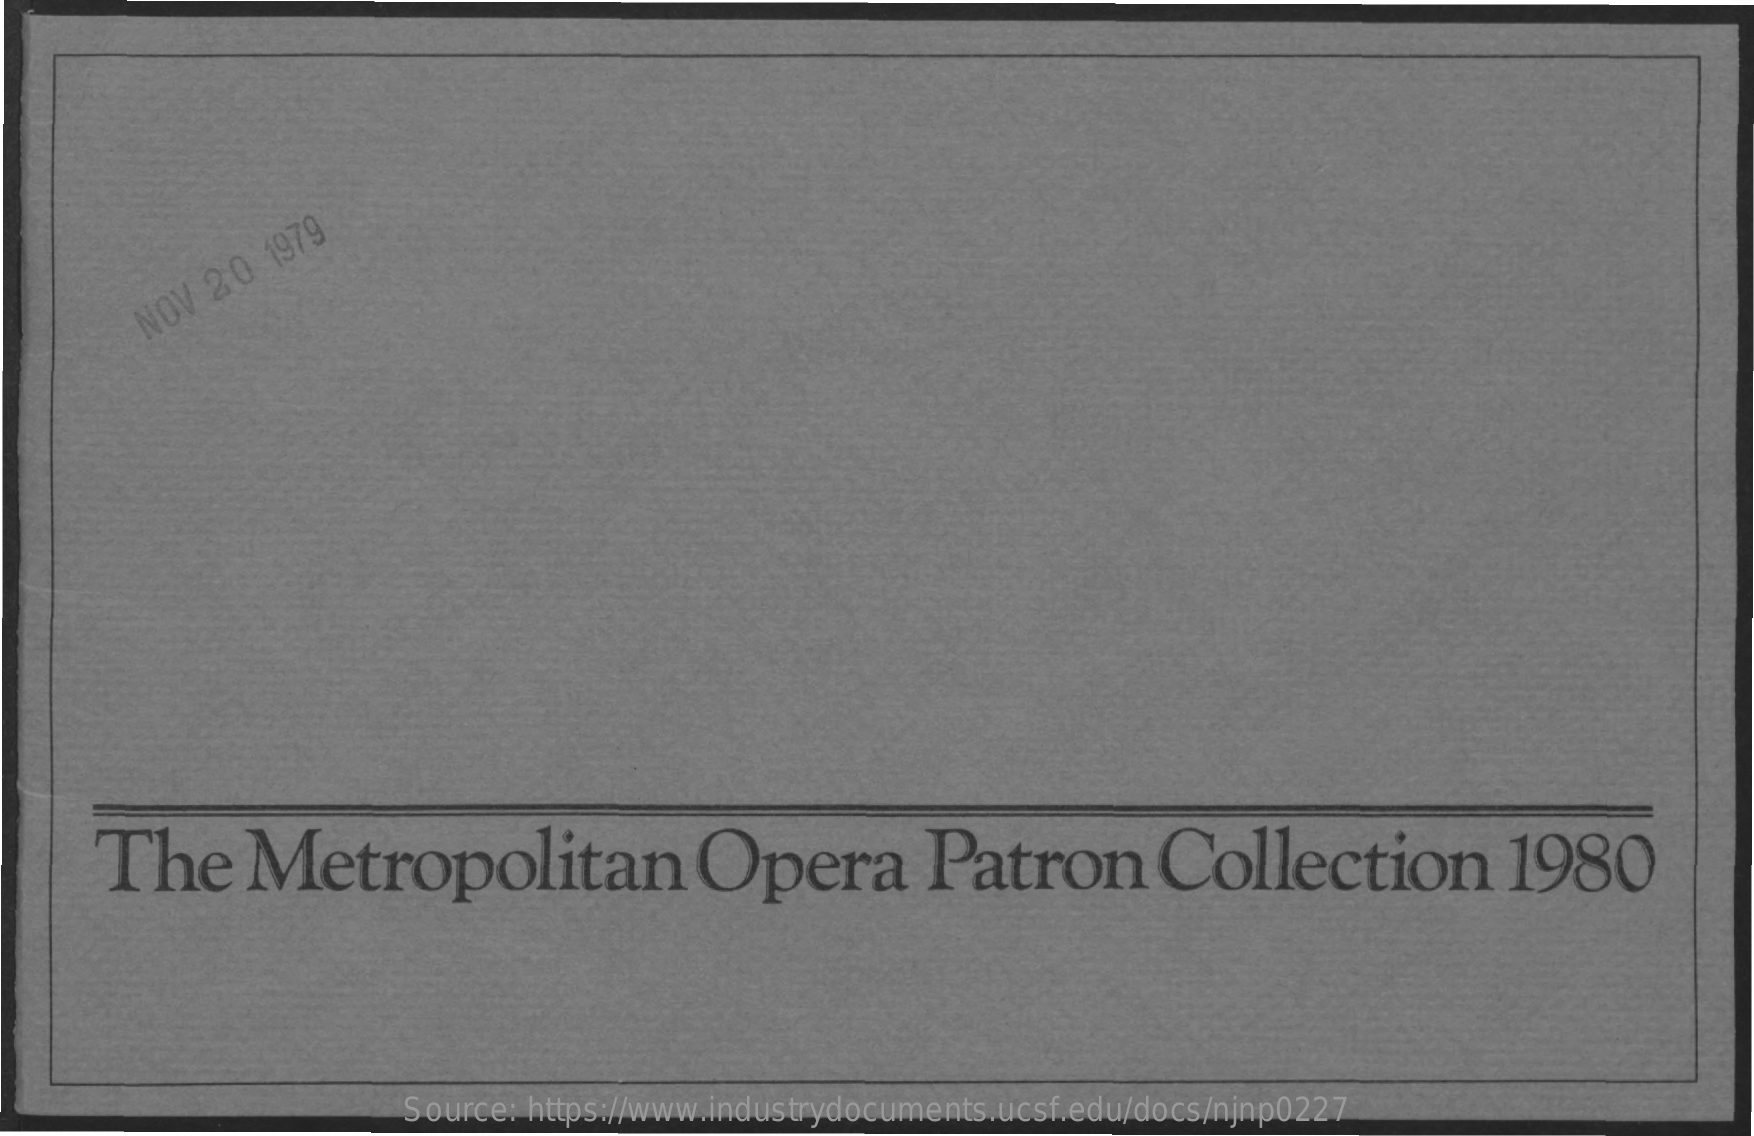
NOV
     2 0
     1979
     The    Metropolitan    Opera    Patron    Collection    1980
     Source: https://www.industrydocuments.ucsf.edu/docs/njnp0227